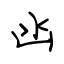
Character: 凼